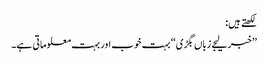
لکھتے ہیں:
’’خبر لیجے زباں بگڑی‘‘ بہت خوب اور بہت معلوماتی ہے۔